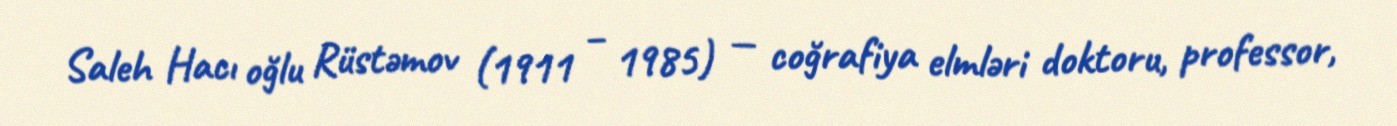
Saleh Hacı oğlu Rüstəmov (1911 – 1985) — coğrafiya elmləri doktoru, professor,